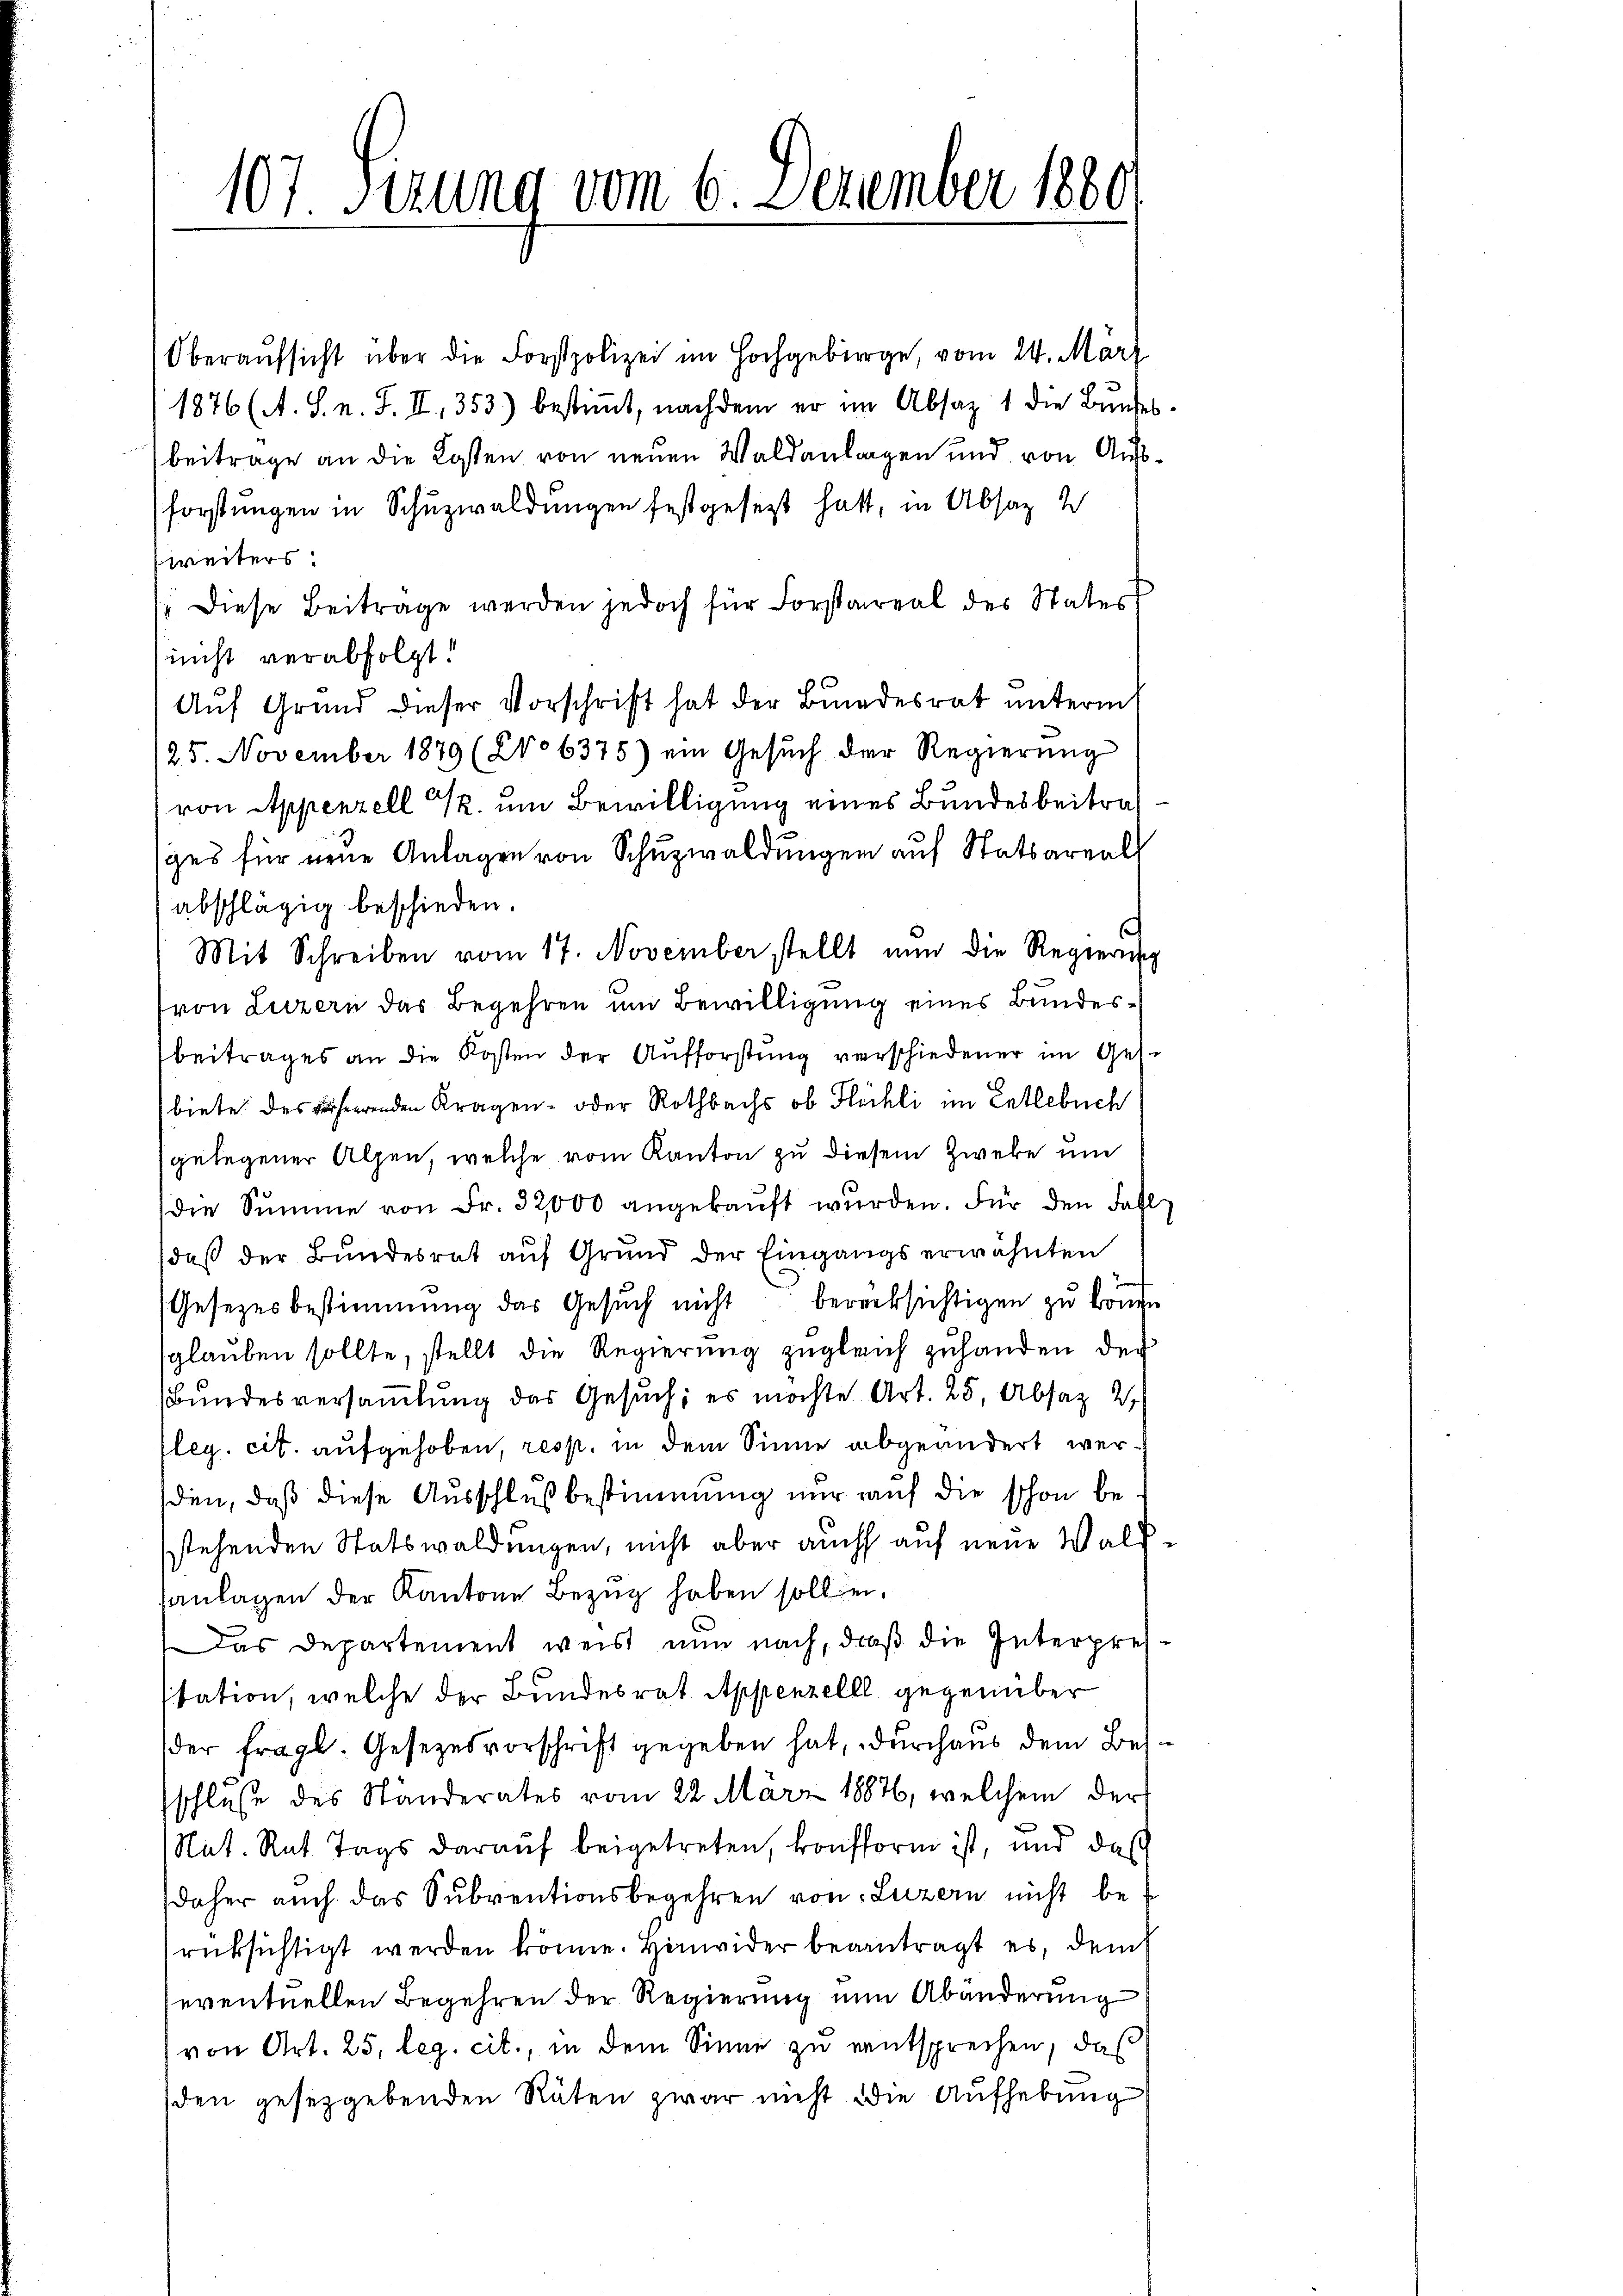
107 Sizung vom 6. Dezember 1880

Oberaufsicht über die Forstpolizei im Hochgebirge, vom 24. März
1876 (A. S. n. F. II., 353) bestimmt, nachdem er im Absaz 1 die Bŭndes
beitrage an die Kosten von neuen Waldanlagen und von Au
forstungen in Schŭzwaldungen festgesetzt hatt, in Absaz 2
weiters:
(: Diese Beitrage werden jedoch für Forstareal des States
nicht verabfolgt!
Aŭf Grund dieser Vorschrift hat der Bundesrat ŭnterm
125. November 1879 (2o 6375) ein Gesŭch der Regierŭng
von Appenzell u. um Bewilligung eines Bundesbeitrages für neue Anlagen von Schuzwaldungen auf Statsareal
abschlägig beschieden.
Mit Schreiben vom 17. November stellt nun die Regierung
von Luzern das Begehren um Bewilligung eines Bundesbeitrages an die Kosten der Aufforstung verschiedener im Ges.
biete des herrenden Kragen oder Rothbachs ob Flühli im Entlebuch
gelegener Alpen, welche vom Kanton zu diesem Zwecke un
die Summe von Fr. 32000 angekauft wurden. Für den Fahl
daβ der Bŭndesrat aŭf Grŭnd der Eingangs erwähnten
Gesetzesbestimmung das Gesŭch nicht berücksichtigen zu können
sglauben sollte, stellt die Regierung zugleich zuhanden der
Bundesversamlung das Gesuch, es möchte Art. 25, Absaz 2
leg. cit. aufgehoben, resp. in dem Sinne abgeändert wersden, daß diese Ausschluß bestimmung nur auf die schon bestehenden Statswaldungen, nicht aber auch auf neue Walt
anlagen der Kantone Bezug haben sollen.
Das Departement weis nun nach, daß die Interpretation, welche der Bundesrat Appenzelll gegenüber
der fragl. Gesezesvorschrift gegeben hat, durchaus dem Beschluße des Ständerates vom 22. März 18876, welchem der
Nat. Rat Tags darauf beigetreten, konfform ist, und das
daher auch das Subventionsbegehren von Luzern nicht berücksichtigt werden könne. Hinwider beantragt es, dem
seventuellen Begehren der Regierung nun Abänderung
von Art. 25, leg. cit., in dem Sinne zu entsprechen, daß
den gesetzgebenden Räten zwar nicht die Aufhebung

t